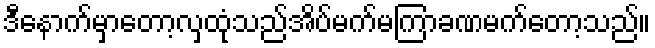
ဒီနောက်မှာတော့လှထုံသည်အိပ်မက်မကြာခဏမက်တော့သည်။